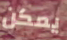
يمكن